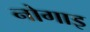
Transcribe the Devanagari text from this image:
नोगाइ